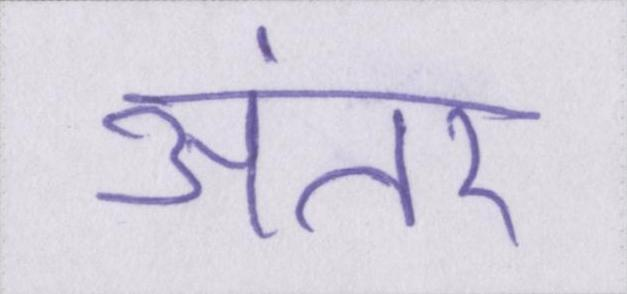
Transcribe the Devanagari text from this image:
अंतर